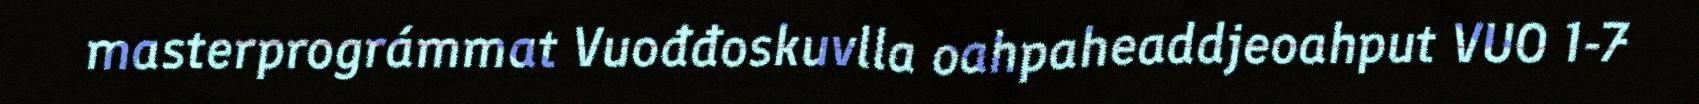
masterprográmmat Vuođđoskuvlla oahpaheaddjeoahput VUO 1-7